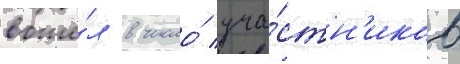
вошё́л в число́ уча́стн'иков